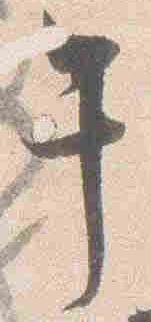
午